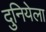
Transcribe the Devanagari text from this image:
दुनियेला